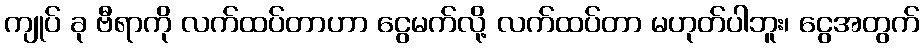
ကျုပ် ခု ဗီရာကို လက်ထပ်တာဟာ ငွေမက်လို့ လက်ထပ်တာ မဟုတ်ပါဘူး၊ ငွေအတွက်